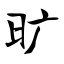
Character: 旷